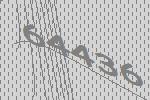
64436